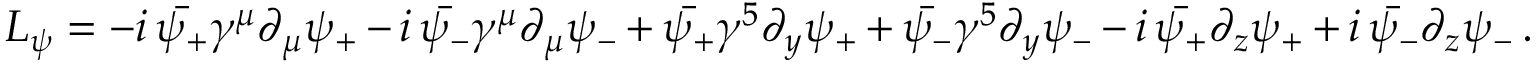
{ \cal L } _ { \psi } = - i \, \bar { \psi _ { + } } \gamma ^ { \mu } \partial _ { \mu } \psi _ { + } - i \, \bar { \psi _ { - } } \gamma ^ { \mu } \partial _ { \mu } \psi _ { - } + \bar { \psi _ { + } } \gamma ^ { 5 } \partial _ { y } \psi _ { + } + \bar { \psi _ { - } } \gamma ^ { 5 } \partial _ { y } \psi _ { - } - i \, \bar { \psi _ { + } } \partial _ { z } \psi _ { + } + i \, \bar { \psi _ { - } } \partial _ { z } \psi _ { - } \, .